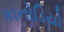
કાનોડિયો